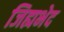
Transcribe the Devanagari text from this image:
जिह्यभेद